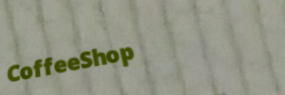
CoffeeShop